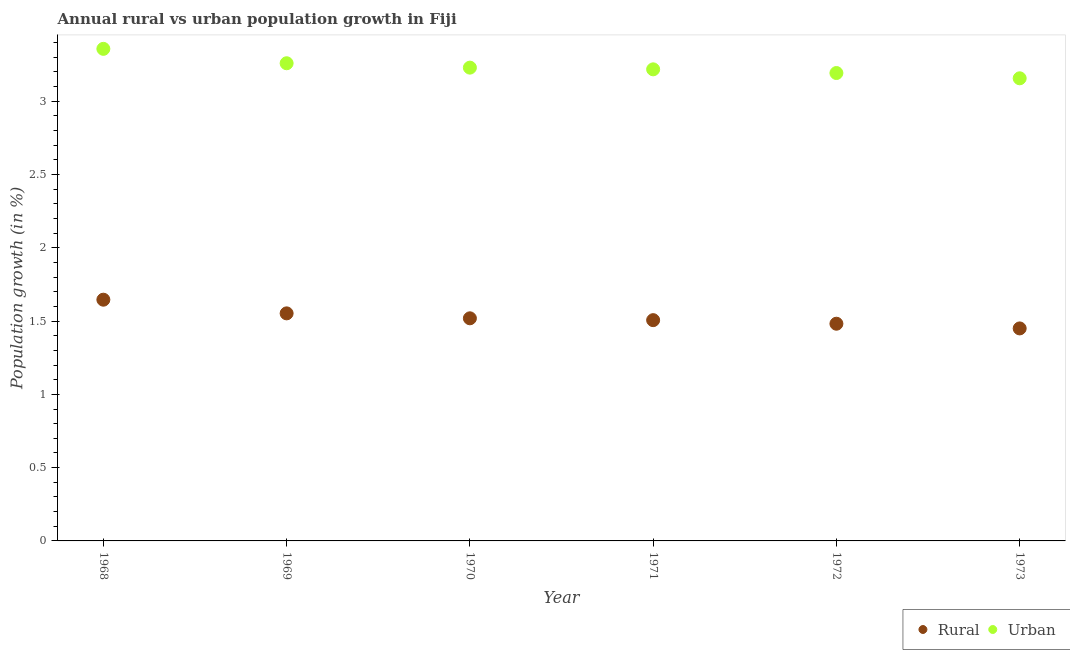
| Year | Rural | Urban  |
 | --- | --- | --- |
 | 1968 | 1.65 | 3.36 |
 | 1969 | 1.55 | 3.26 |
 | 1970 | 1.52 | 3.23 |
 | 1971 | 1.51 | 3.22 |
 | 1972 | 1.48 | 3.19 |
 | 1973 | 1.45 | 3.16 |